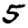
Digit: 5